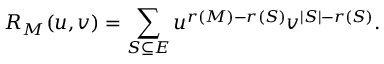
R _ { M } ( u , v ) = \sum _ { S \subseteq E } u ^ { r ( M ) - r ( S ) } v ^ { | S | - r ( S ) } .